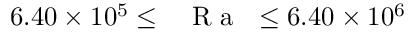
6 . 4 0 \times 1 0 ^ { 5 } \leq \mathrm { ~ \textit ~ { ~ R ~ a ~ } ~ } \leq 6 . 4 0 \times 1 0 ^ { 6 }